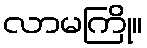
လာမကြို။